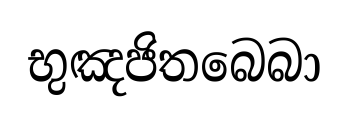
භුඤජිතබෙබා